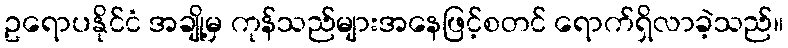
ဥရောပနိုင်ငံ အချို့မှ ကုန်သည်များအနေဖြင့်စတင် ရောက်ရှိလာခဲ့သည်။